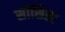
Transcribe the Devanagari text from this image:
सोसिस्ट